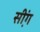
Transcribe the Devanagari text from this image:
सी़ंग